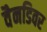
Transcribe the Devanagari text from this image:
वैनडिवर